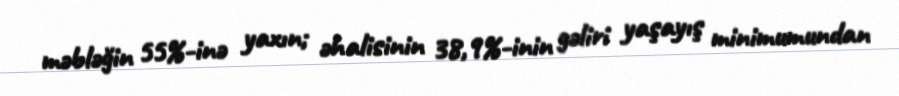
məbləğin 55%-inə yaxın; əhalisinin 38,9%-inin gəliri yaşayış minimumundan